Annual report on the lock hospitals of the Madras Presidency
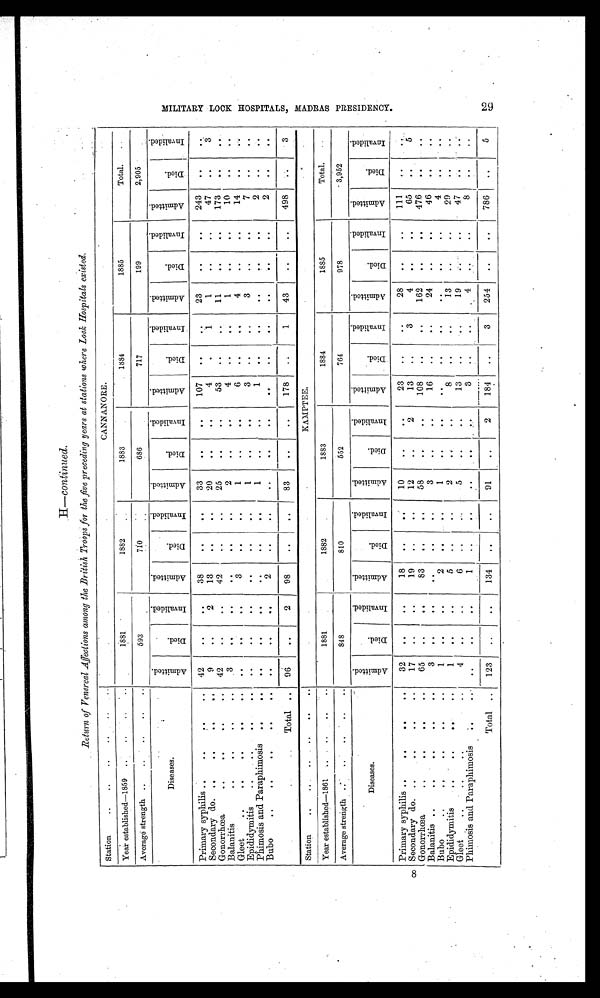
H —continued.
Return of Venereal Affections among the British Troops for the five preceding years at stations where Lock Hospitals existed.
Station
........
. .
..
CANNANORE.
Year established—1859 ....
..
..
1881
1882
1883
1884
1885
Total.
Average strength ......
..
..
593
710
686
717
199
2,905
Diseases.
A d m i t t e d
D i e d
I n v a l i d e d
A d m i t t e d
D i e d
I n v a l i d e d
A d m i t t e d
D i e d
I n v a l i d e d
A m i t t e d
D i e d
I n v a l i d e d
A d m i t t e d
D i e d
I n v a l i d e d
A d m i t t e d
D i e d
I n v a l i d e d
Primary syphilis ....
. . ..
42
..
. .
38
..
. .
33
. .
. .
107
. .
. .
23
..
..
243
. .
. .
Secondary do.....
. .
. .
9
. .
2
13
..
. .
20
. .
. .
4
. .
1
1
. .
..
47
. .
3
Gonorrhoea
..
. .
. .
42
..
. .
42
. .
. .
25
. .
..
53
..
. .
11
..
..
173
..
. .
Balanitis
..
..
3
. .
. .
. .
. .
. .
2
. .
. .
4
..
. .
1
..
..
10
..
. .
Gleet
..
. .
..
. .
. .
. .
3
. .
..
1
..
. .
6
. .
. .
4
. .
. .
14
..
..
Epididymitis
....
..
..
..
. .
..
. .
. .
. .
1
..
. .
3
. .
..
3
..
. .
7
. .
. .
Phimosis and Paraphimosis
..
. .
..
. .
..
. .
. .
..
1
. .
..
1
..
. .
. .
..
. .
2
. .
. .
Bubo
....
. .
..
..
. .
. .
2
..
. .
. .
..
. .
. .
. .
..
..
..
..
2
. .
..
Total
.. 96
. .
2
98
. .
. .
83
..
..
178
. .
1
43
..
. .
498
. .
3
Station
......
. .
..
KAMPTEE.
Year established-1861
..
..
..
1881
1882
1883
1884
1885
Total.
Average strength ......
..
..
848
810
552
764
978
3,952
Diseases.
A d m i t t e d
D i e d
I n v a l i d e d
A m i t t e d
D i e d
I n v a l i d e d
A d m i t t e d
D i e d
I n v a l i d e d
A d m i t t e d
D i e d
I n v a l i d e d
A d m i t t e d
D i e d
I n v a l i d e d
A d m i t t e d
D i e d
I n v a l i d e d
Primary syphilis ....
. .
. .
32
. .
..
18
..
. .
10
. .
. .
23
..
. .
28
..
. .
111
. .
. .
Secondary do.....
. .
. .
17
. .
. .
19
. .
. .
12
. .
2
13
. .
3
4
. .
. .
65
. .
. .
Gonorrhoea
....
. .
..
65
..
. .
83
..
. .
58
..
..
108
. .
..
162
..
..
476
. .
. .
Balanitis ......
. .
..
3
. .
. .
. .
..
3
..
. .
16
..
..
24
. .
. .
46
. .
. .
Bubo
......
. .
..
1
. .
. .
2
. .
. .
1
. .
. .
. .
. .
. . . .
. .
. .
. .
4
. .
Epididymitis..
..
. .
1
. .
..
5
. .
2
. .
. .
8
. .
. .
13
. .
. .
29
. .
. .
Gleet..
. .
4
..
. .
6
. .
5
. .
. .
13
. .
. .
19
. .
. .
47
. .
. .
Phimosis and ParaPhimosis
..
..
. .
. .
. .
1
. .
. .
..
. .
. .
3
..
..
4
..
..
8
..
. .
Total ..
123
..
..
134
. .
..
91
. .
2
184
..
3
254
..
..
786
. .
5
)-4
0
0
0
CD
En
CD
CD
cD
1-d
C\.?